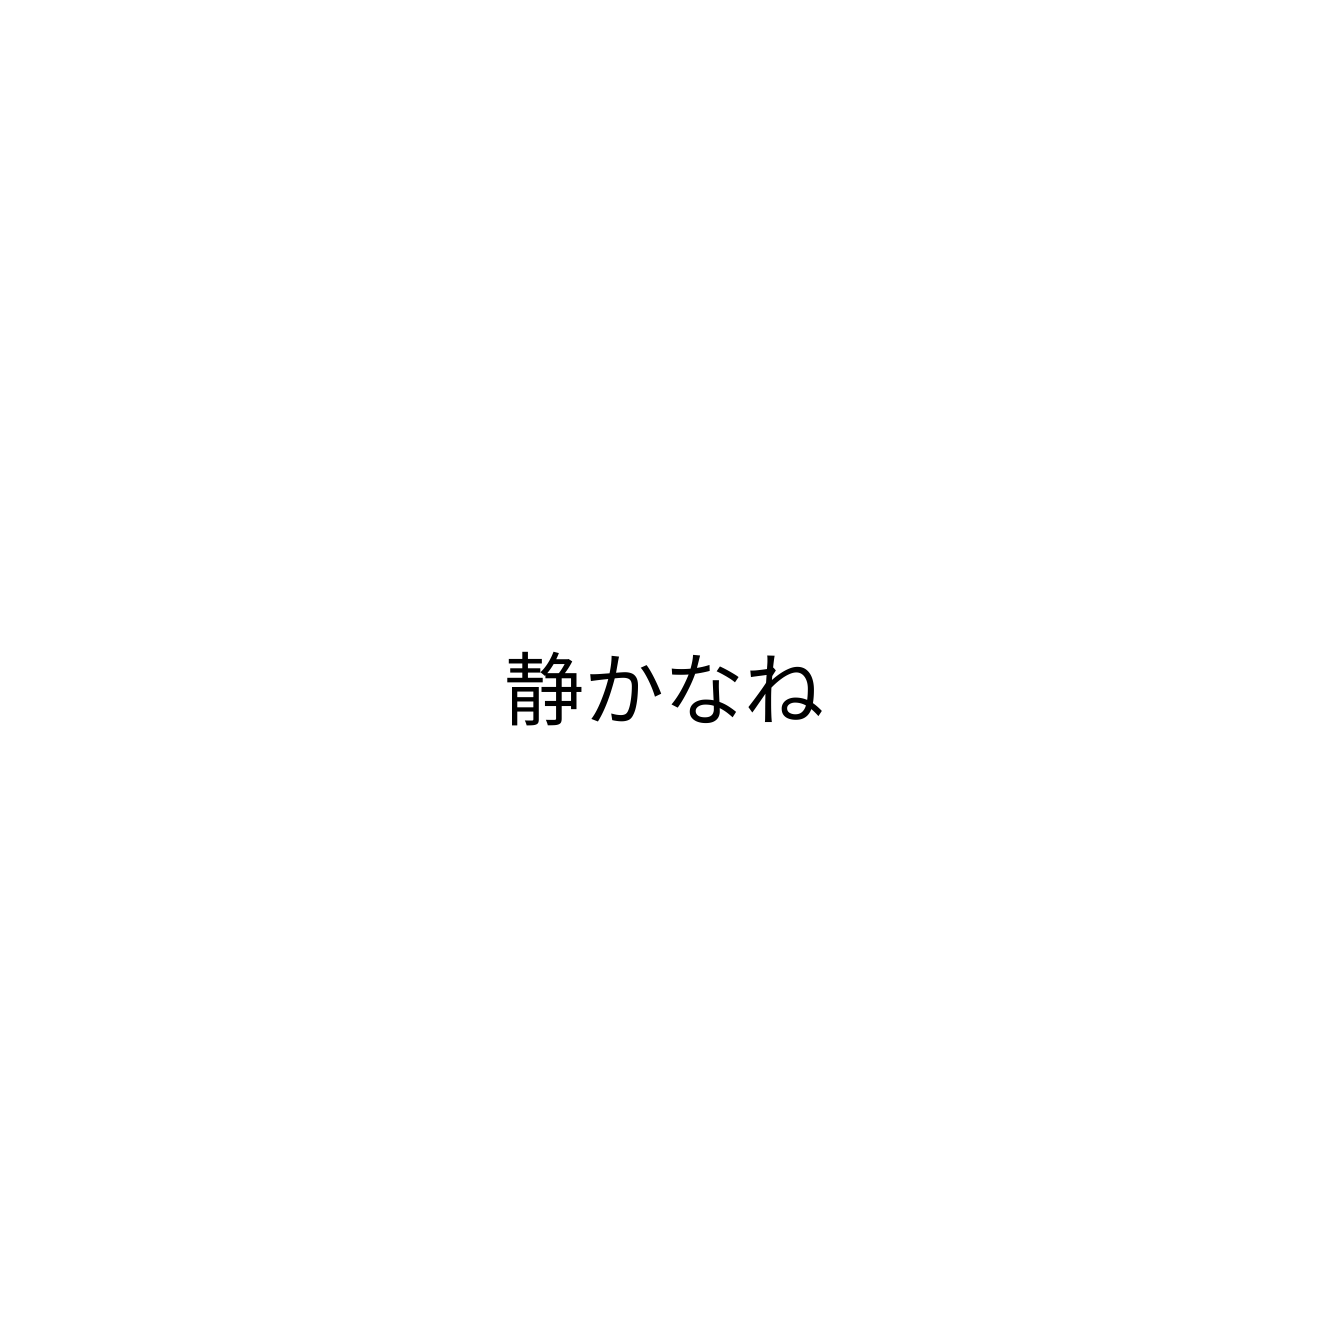
静かなね